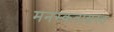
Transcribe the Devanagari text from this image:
मनस्कताग्रस्त